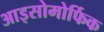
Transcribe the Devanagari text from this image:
आइसोमोर्फिक